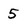
Character: 5